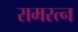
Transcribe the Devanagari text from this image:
रामरत्‍न